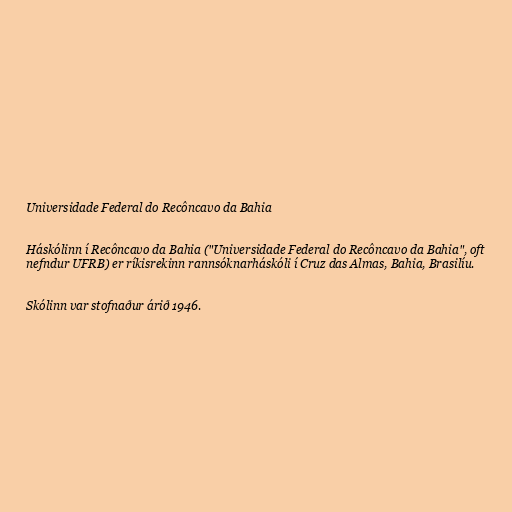
Universidade Federal do Recôncavo da Bahia

Háskólinn í Recôncavo da Bahia ("Universidade Federal do Recôncavo da Bahia", oft
nefndur UFRB) er ríkisrekinn rannsóknarháskóli í Cruz das Almas, Bahia, Brasilíu.

Skólinn var stofnaður árið 1946.